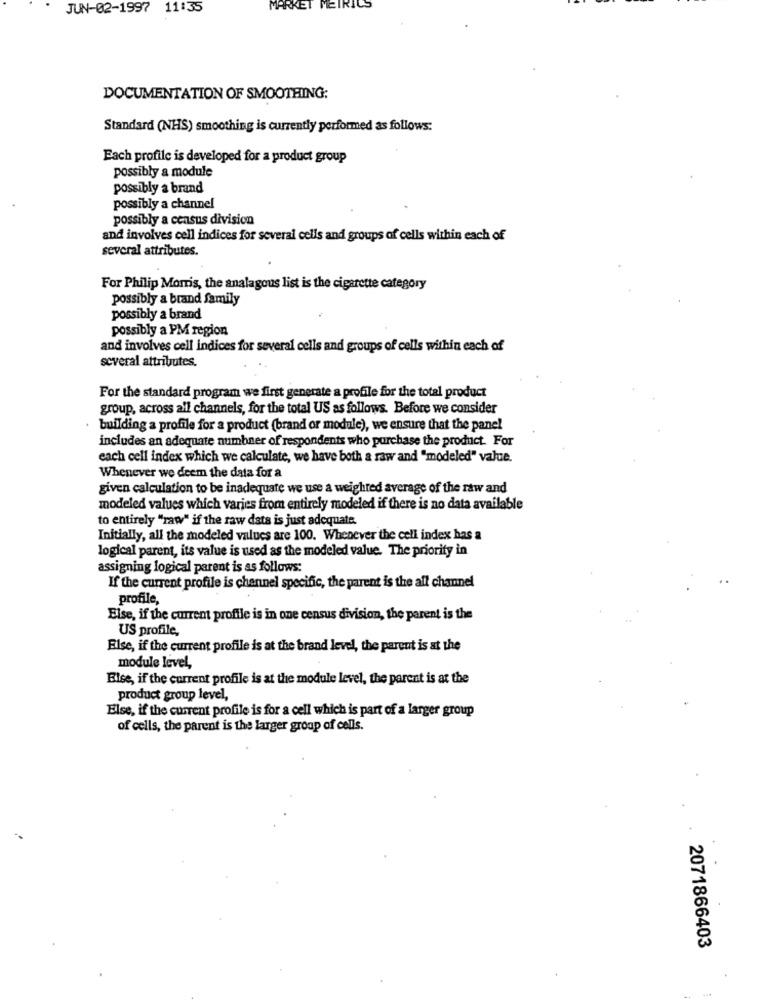
JUN-02-1997 11:35
MARKET METRICS
DOCUMENTATION OF SMOOTHING:
Standard (NHS) smoothing is currently performed as follows:
Each profile is developed for a product group
possibly a module
possibly a brand
possibly a channel
possibly a census division
and involves cell indices for several cells and groups of cells within each of
several attributes.
For Philip Morris, the analagous list is the cigarette category
possibly a brand family
possibly a brand
possibly a PM region
and involves cell indices for several cells and groups of cells within each of
several attributes.
For the standard program we first generate a profile for the total product
group, across all channels, for the total US as follows. Before we consider
building a profile for a product (brand or module), we ensure that the panel
includes an adequate number of respondents who purchase the product. For
each cell index which we calculate, we have both a raw and "modeled" value.
Whenever we deem the data for a
given calculation to be inadequate we use a weighted average of the raw and
modeled values which varies from entirely modeled if there is no data available
to entirely "raw" if the raw data is just adequate.
Initially, all the modeled values are 100. Whenever the cell index has a
logical parent, its value is used as the modeled value. The priority in
assigning logical parent is as follows:
If the current profile is channel specific, the parent is the all channel
profile,
Else, if the current profile is in one census division, the parent is the
US profile,
Else, if the current profile is at the brand level, the parent is at the
module level,
Else, if the current profile is at the module level, the parent is at the
product group level,
Else, if the current profile is for a cell which is part of a larger group
of cells, the parent is the larger group of cells.
2071866403